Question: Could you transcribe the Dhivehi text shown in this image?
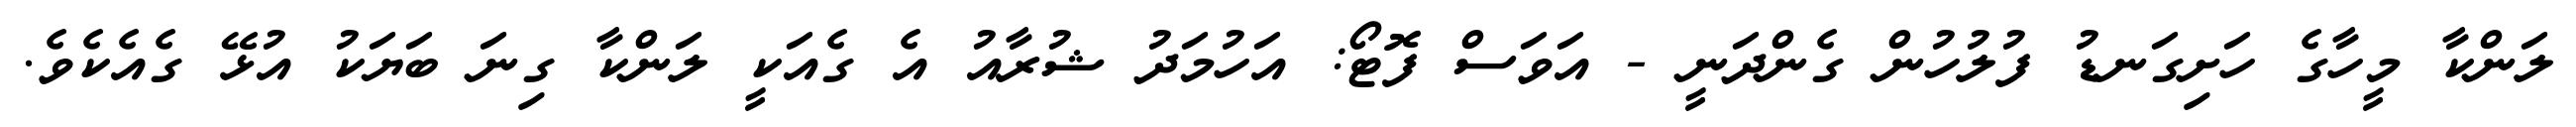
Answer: ލަންކާ މީހާގެ ހަށިގަނޑު ފުލުހުން ގެންދަނީ - އަވަސް ފޮޓޯ: އަހުމަދު ޝުރާއު އެ ގެއަކީ ލަންކާ ގިނަ ބަޔަކު އުޅޭ ގެއެކެވެ.